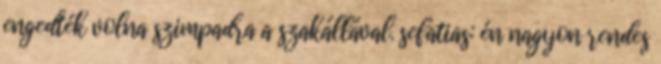
engedték volna szimpadra a szakállával. sefatias: én nagyon rendes